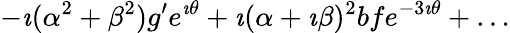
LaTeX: -\imath(\alpha^{2}+\beta^{2})g^{\prime}e^{\imath\theta}+\imath(\alpha+\imath\beta)^{2}bfe^{-3\imath\theta}+\ldots